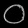
Digit: ၀